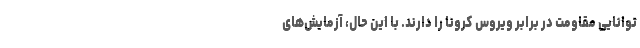
توانایی مقاومت در برابر ویروس کرونا را دارند. با این حال، آزمایش‌های